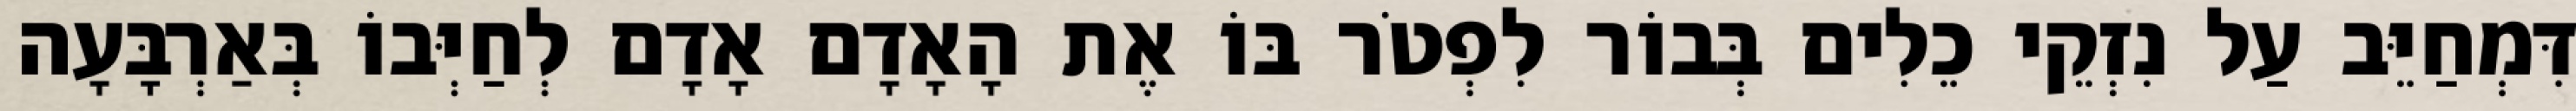
דִּמְחַיֵּב עַל נִזְקֵי כֵלִים בְּבוֹר לִפְטֹר בּוֹ אֶת הָאָדָם אָדָם לְחַיְּבוֹ בְּאַרְבָּעָה